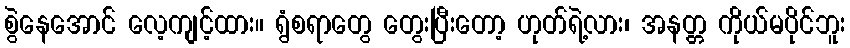
စွဲနေအောင် လေ့ကျင့်ထား။ ရွံစရာတွေ တွေးပြီးတော့ ဟုတ်ရဲ့လား၊ အနတ္တ ကိုယ်မပိုင်ဘူး